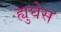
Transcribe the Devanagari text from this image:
ह्युघेस